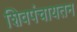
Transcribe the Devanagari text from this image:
शिवपंचायतन